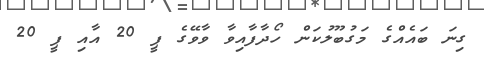
ގިނަ ބައެއްގެ މަގުބޫލުކަން ހޯދާފާއިވާ ވާވޭގެ ޕީ 20 އާއި ޕީ 20